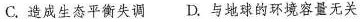
C.造成生态平衡失调 D.与地球的环境容量无关